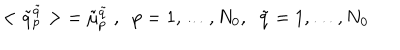
< \tilde { q } _ { p } ^ { \tilde { q } } > \; = \tilde { \mu } _ { p } ^ { \tilde { q } } \; , \; \; p = 1 , \dots , N _ { 0 } , \; \; \tilde { q } = 1 , \dots , N _ { 0 }